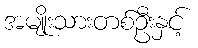
အမျိုးသားတစ်ဦးနှင့်